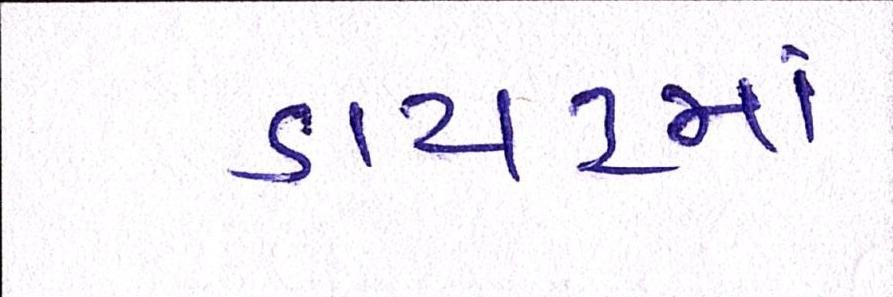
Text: ડાયટમાં